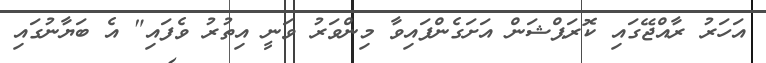
އަހަރު ރާއްޖޭގައި ކޮރަޕްޝަން އަށަގެންފައިވާ މިންވަރު ވަނީ އިތުރު ވެފައި" އެ ބަޔާނުގައި